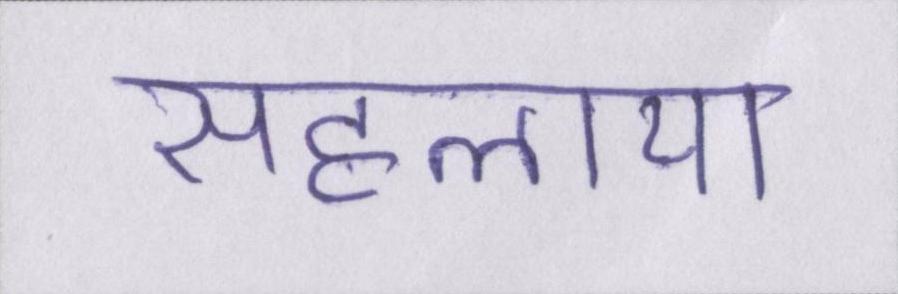
सहलाया